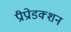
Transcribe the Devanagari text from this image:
प्रीप्रोडक्शन